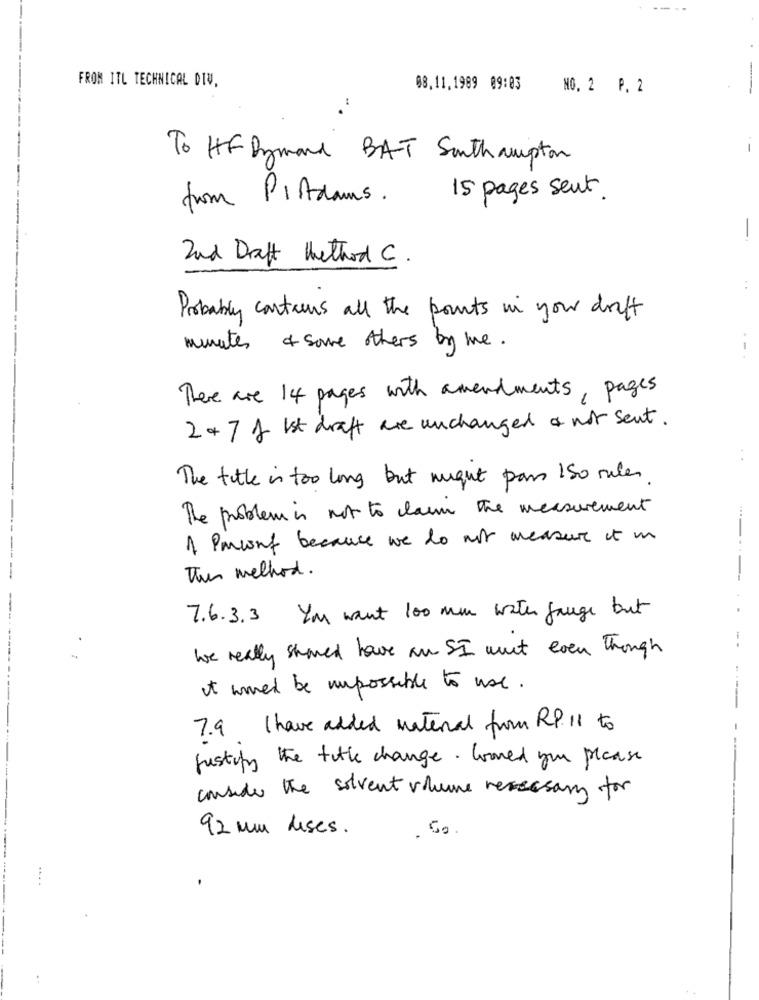
FROM ITL TECHNICAL DIV,
08.11,1989 09:03
NO. 2 P. 2
-
To HF Dymand BAT Southampton
from Pistdams .
15 pages sent.
2nd Draft Method C.
..
Probably contains all the points in your drift
minutes & some others by me.
There are 14 pages with amendments, pages
2 +7 f Ist draft are unchanged a nor sent.
The title is too long but might par 150 rules.
The problem is not to claim the measurement
1 Percent because we do not measure it in
This method.
7.6.3.3 Ya want 100 mm with fange but
We really shared have an SI must even Though
it wmed be impossible to use.
7.9 I have added material from RP. 11 to
justify the title change. loved you please
consider the solvent volume necessary for
92 mm leses.
. Go